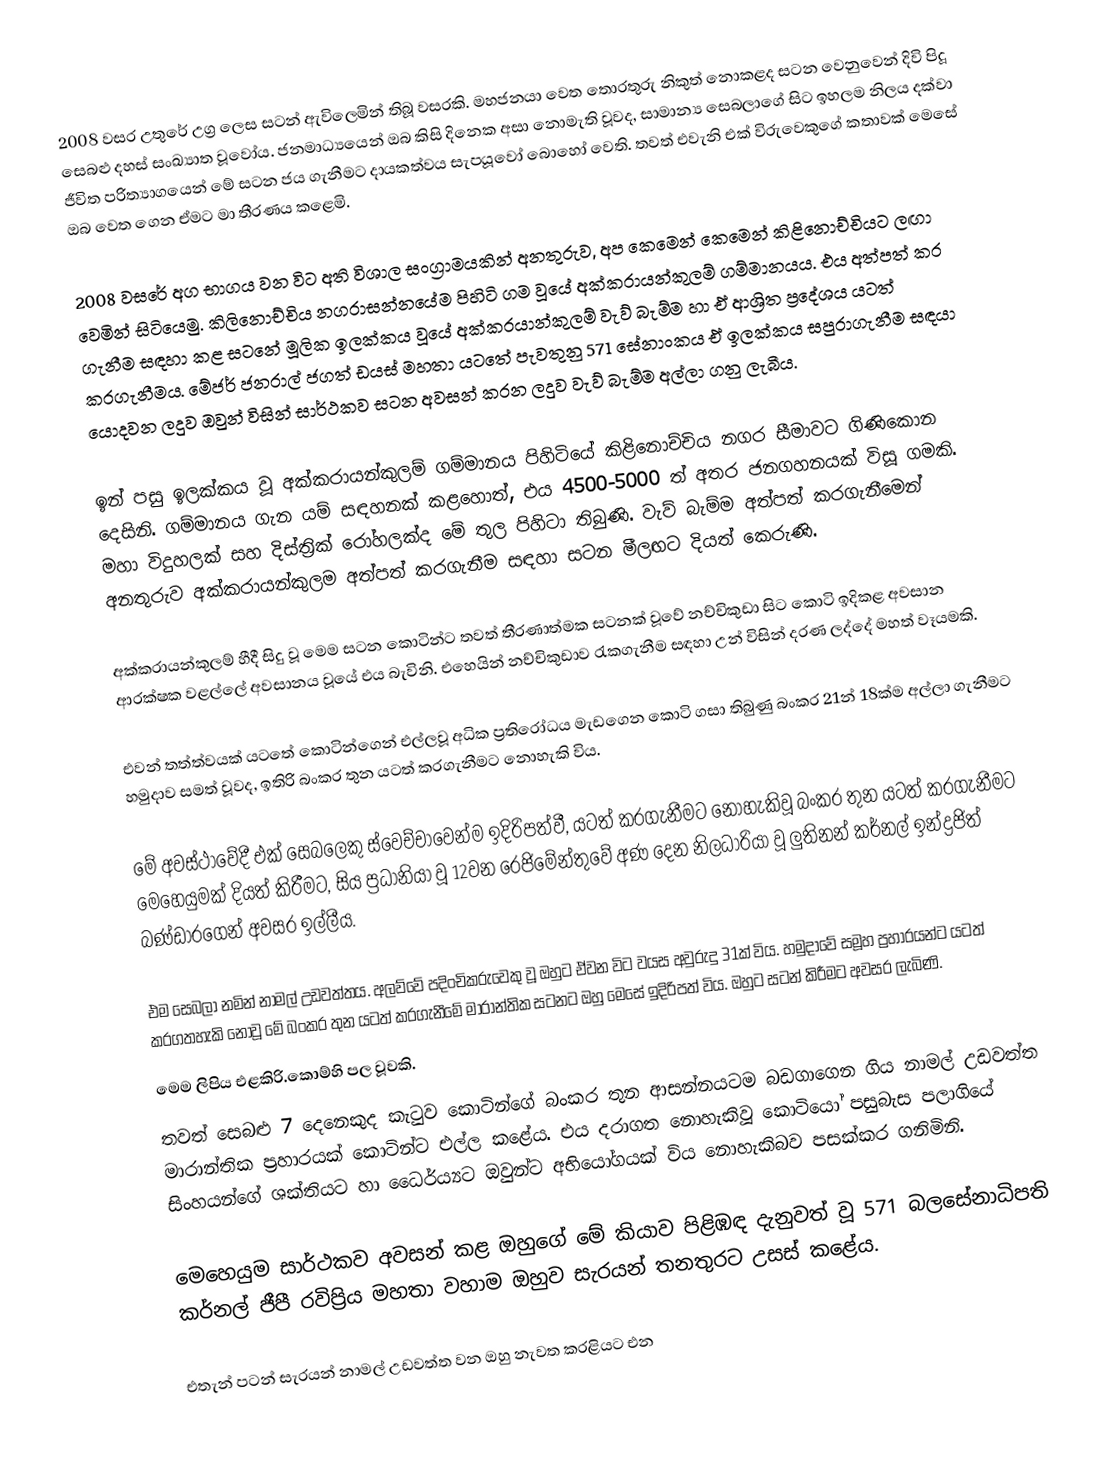
2008 වසර උතුරේ උග්‍ර ලෙස සටන් ඇවිලෙමින් තිබූ වසරකි. මහජනයා වෙත තොරතුරු නිකුත් නොකළද සටන වෙනුවෙන් දිවි පිදූ සෙබළු දහස් සංඛ්‍යාත වූවෝය. ජනමාධ්‍යයෙන් ඔබ කිසි දිනෙක අසා නොමැති වූවද, සාමාන්‍ය සෙබලාගේ සිට ඉහලම නිලය දක්වා ජීවිත පරිත්‍යාගයෙන් මේ සටන ජය ගැනීමට දායකත්වය සැපයූවෝ බොහෝ වෙති. තවත් එවැනි එක් විරුවෙකුගේ කතාවක් මෙසේ ඔබ වෙත ගෙන ඒමට මා තීරණය කළෙමි.

2008 වසරේ අග භාගය වන විට අති විශාල සංග්‍රාමයකින් අනතුරුව, අප කෙමෙන් කෙමෙන් කිළිනොච්චියට ලඟා වෙමින් සිටියෙමු. කිලිනොච්චිය නගරාසන්නයේම පිහිටි ගම වූයේ අක්කරායන්කුලම් ගම්මානයය. එය අත්පත් කර ගැනීම සඳහා කළ සටනේ මූලික ඉලක්කය වූයේ අක්කරයාන්කුලම් වැව් බැම්ම හා ඒ ආශ්‍රිත ප්‍රදේශය යටත් කරගැනීමය. මේජර් ජනරාල් ජගත් ඩයස් මහතා යටතේ පැවතුනු 571 සේනාංකය ඒ ඉලක්කය සපුරාගැනීම සඳයා යොදවන ලදුව ඔවුන් විසින් සාර්ථකව සටන අවසන් කරන ලදුව වැව් බැම්ම අල්ලා ගනු ලැබීය.

ඉන් පසු ඉලක්කය වූ අක්කරායන්කුලම් ගම්මානය පිහිටියේ කිළිනොච්චිය නගර සීමාවට ගිණිකොන දෙසිනි. ගම්මානය ගැන යම් සඳහනක් කළහොත්, එය 4500-5000 ත් අතර ජනගහනයක් විසූ ගමකි. මහා විදුහලක් සහ දිස්ත්‍රික් රෝහලක්ද මේ තුල පිහිටා තිබුණි. වැව් බැම්ම අත්පත් කරගැනීමෙන් අනතුරුව අක්කරායන්කුලම අත්පත් කරගැනීම සඳහා සටන මීලඟට දියත් කෙරුණි.

අක්කරායන්කුලම් හීදී සිදු වූ මෙම සටන කොටින්ට තවත් තීරණාත්මක සටනක් වූවේ නච්චිකුඩා සිට කොටි ඉදිකළ අවසාන ආරක්ෂක වළල්ලේ අවසානය වූයේ එය බැවිනි. එහෙයින් නච්චිකුඩාව රැකගැනීම සඳහා උන් විසින් දරණ ලද්දේ මහත් වෑයමකි.

එවන් තත්ත්වයක් යටතේ කොටින්ගෙන් එල්ලවූ අධික ප්‍රතිරෝධය මැඩගෙන කොටි ගසා තිබුණු බංකර 21න් 18ක්ම අල්ලා ගැනීමට හමුදාව සමත් වූවද, ඉතිරි බංකර තුන යටත් කරගැනීමට නොහැකි විය.

මේ අවස්ථාවේදී එක් සෙබලෙකු ස්වෙච්චාවෙන්ම ඉදිරිපත්වී, යටත් කරගැනීමට නොහැකිවූ බංකර තුන යටත් කරගැනීමට මෙහෙයුමක් දියත් කිරීමට, සිය ප්‍රධානියා වූ 12වන රෙජිමේන්තුවේ අණ දෙන නිලධාරියා වූ ලුතිනන් කර්නල් ඉන්ද්‍රජිත් බණ්ඩාරගෙන් අවසර ඉල්ලීය.

එම සෙබලා නමින් නාමල් උඩවත්තය. අලව්වේ පදිංචිකරුවෙකු වූ ඔහුට ඒවන විට වයස අවුරුදු 31ක් විය. හමුදාවේ සමූහ ප්‍රහාරයන්ට යටත් කරගතහැකි නොවූ මේ බංකර තුන යටත් කරගැනීමේ මාරාන්තික සටනට ඔහු මෙසේ ඉදිරිපත් විය. ඔහුට සටන් කිරීමට අවසර ලැබිණි.
මෙම ලිපිය එළකිරි.කොම්හි පල වූවකි.
තවත් සෙබළු 7 දෙනෙකුද කැටුව කොටින්ගේ බංකර තුන ආසන්නයටම බඩගාගෙන ගිය නාමල් උඩවත්ත මාරාන්තික ප්‍රහාරයක් කොටින්ට එල්ල කළේය. එය දරාගත නොහැකිවූ කොටියෝ පසුබැස පලාගියේ සිංහයන්ගේ ශක්තියට හා ධෛර්ය්‍යට ඔවුන්ට අභියෝගයක් විය නොහැකිබව පසක්කර ගනිමිනි.

මෙහෙයුම සාර්ථකව අවසන් කළ ඔහුගේ මේ කියාව පිළිඹඳ දැනුවත් වූ 571 බලසේනාධිපති කර්නල් ජීපී රවිප්‍රිය මහතා වහාම ඔහුව සැරයන් තනතුරට උසස් කළේය.

එතැන් පටන් සැරයන් නාමල් උඩවත්ත වන ඔහු නැවත කරළියට එන